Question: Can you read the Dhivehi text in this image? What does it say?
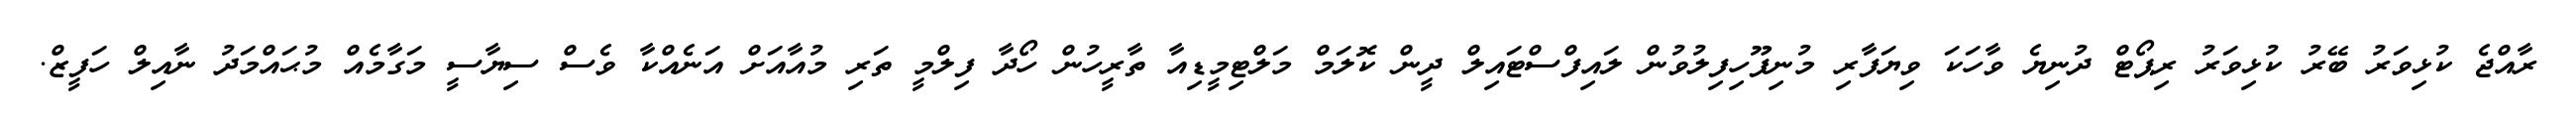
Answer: ރާއްޖެ ކުޅިވަރު ބޭރު ކުޅިވަރު ރިޕޯޓް ދުނިޔެ ވާހަކަ ވިޔަފާރި މުނިފޫހިފިލުވުން ލައިފްސްޓައިލް ދީން ކޮލަމް މަލްޓިމީޑިއާ ތާރީހުން ހޯދާ ފިލްމީ ތަރި މުއާއަށް އަނެއްކާ ވެސް ސިޔާސީ މަގާމެއް މުޙައްމަދު ނާއިލް ހަފީޒް.